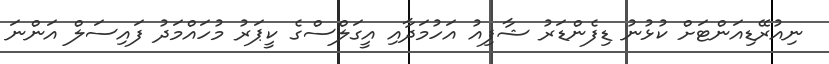
ނިއުރޭޑިއަންޓަށް ކުޅުނު ޑިފެންޑަރު ޝާފިއު އަހުމަދާއި އީގަލްސްގެ ކީޕަރު މުހައްމަދު ފައިސަލް އަންނަ